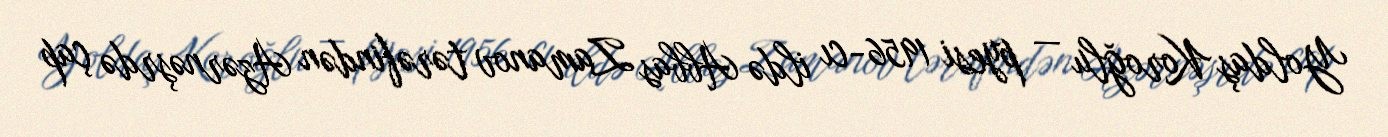
Yoldaş Koroğlu — pyesi 1956-cı ildə Abbas Zamanov tərəfindən Azərnəşrdə çap